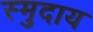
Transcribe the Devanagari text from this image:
स्मुदाय